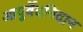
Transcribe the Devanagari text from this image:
आयुर्वेदनिदान